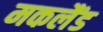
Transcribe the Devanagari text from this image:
मकलैंड